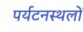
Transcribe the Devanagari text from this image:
पर्यटनस्थलों